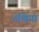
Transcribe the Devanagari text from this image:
अखिया